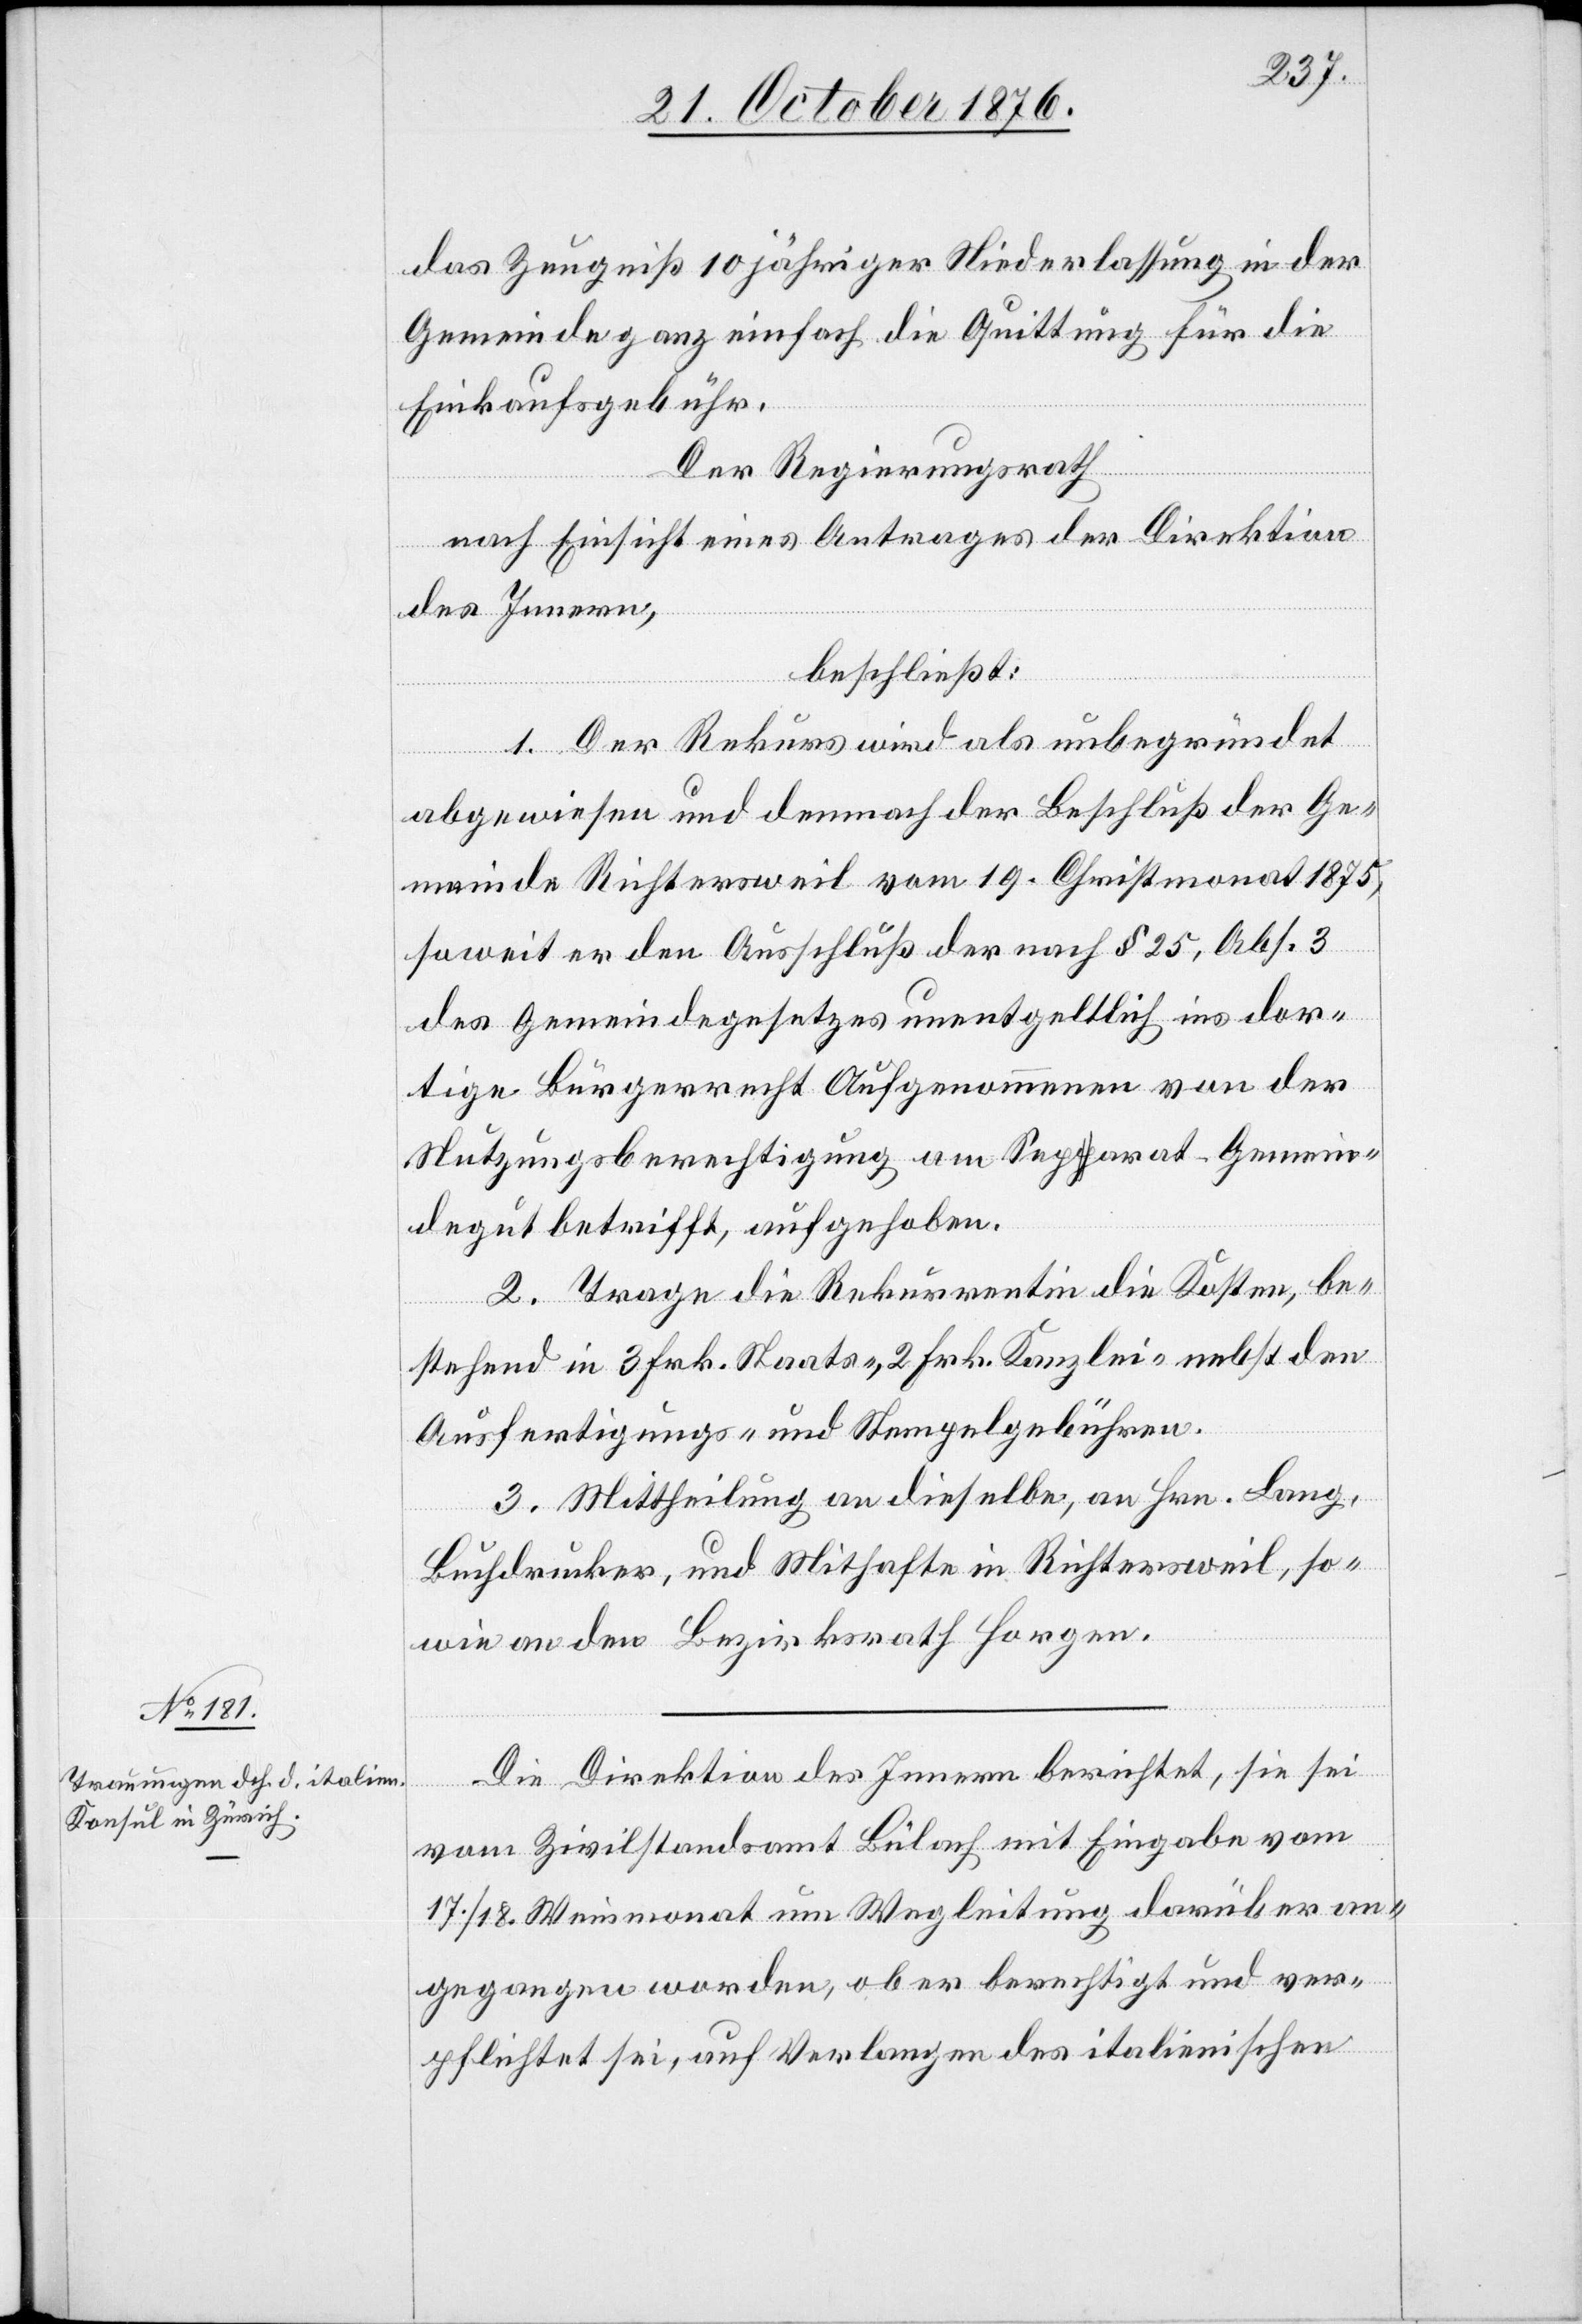
das Zeugniß 10jähriger Niederlassung in der
Gemeinde ganz einfach die Quittung für die
Einkaufsgebühr.
Der Regierungsrath
nach Einsicht eines Antrages der Direktion
des Innern,
beschließt:
1. Der Rekurs wird als unbegründet
abgewiesen und demnach der Beschluß der Ge¬
meinde Richtersweil vom 19. Christmonat 1875,
soweit er den Ausschluß der nach § 25, Abs. 3
des Gemeindegesetzes unentgeltlich ins dor¬
tige Bürgerrecht Aufgenommenen von der
Nutzungsberechtigung am Separat-Gemein¬
degut betrifft, aufgehoben.
2. Trage die Rekurrentin die Kosten, be¬
stehend in 3 Frk. Staats- 2 Frk. Kanzlei- nebst den
Ausfertigungs- und Stempelgebühren.
3. Mittheilung an dieselbe, an Hrn. Lang,
Buchdrucker, und Mithafte in Richtersweil, so¬
wie an den Bezirksrath Horgen.
Die Direktion des Innern berichtet, sie sei
vom Zivilstandsamt Bülach mit Eingabe vom
17./18. Weinmonat um Wegleitung darüber an¬
gegangen worden, ob er berechtigt oder ver¬
pflichtet sei, auf Verlangen des italienischen